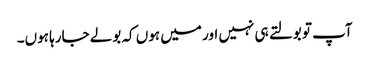
آپ تو بولتے ہی نہیں اور میں ہوں کہ بولے جارہا ہوں۔